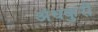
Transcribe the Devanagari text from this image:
अंधकुरी